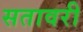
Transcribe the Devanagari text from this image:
सतावरी